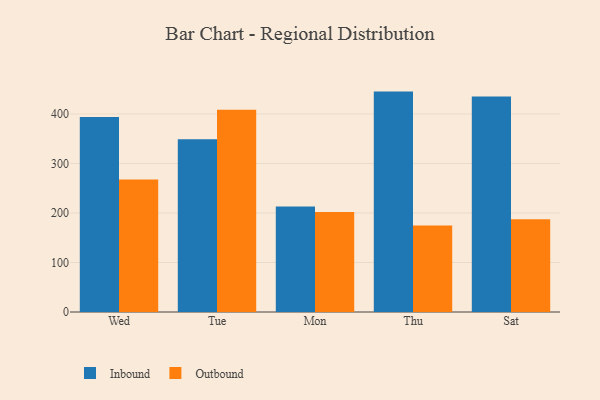
{"axis": {"x": "Day", "y": "Latency (ms)"}, "legend": ["Inbound", "Outbound"], "data": [{"x": "Wed", "y": 393.9, "type": "Inbound"}, {"x": "Wed", "y": 267.8, "type": "Outbound"}, {"x": "Tue", "y": 349.0, "type": "Inbound"}, {"x": "Tue", "y": 408.7, "type": "Outbound"}, {"x": "Mon", "y": 213.0, "type": "Inbound"}, {"x": "Mon", "y": 201.9, "type": "Outbound"}, {"x": "Thu", "y": 445.2, "type": "Inbound"}, {"x": "Thu", "y": 174.8, "type": "Outbound"}, {"x": "Sat", "y": 435.4, "type": "Inbound"}, {"x": "Sat", "y": 187.6, "type": "Outbound"}]}